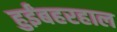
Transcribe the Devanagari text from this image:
हुईंबहरहाल